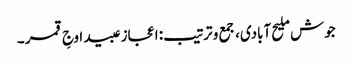
جوش ملیح آبادی، جمع و ترتیب: اعجاز عبید اوجِ قمر ۔